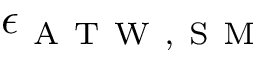
\epsilon _ { \mathrm { ~ A ~ T ~ W ~ , ~ S ~ M ~ } }